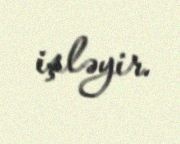
işləyir.